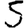
Digit: 5